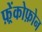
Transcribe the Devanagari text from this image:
फ़्रेंकोफ़ोन